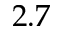
2 . 7